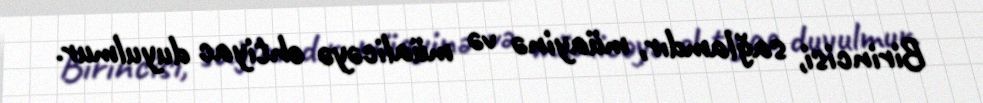
Birincisi, sağlamdır, müayinə və müalicəyə ehtiyac duyulmur.